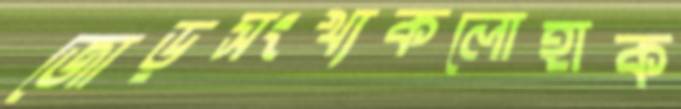
জোড়সংখ্যকলোহাক